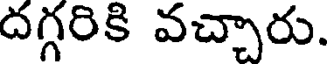
దగ్గరికి వచ్చారు.